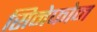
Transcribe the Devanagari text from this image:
सिनेफोन